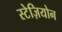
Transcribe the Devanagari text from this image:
स्टेज़ियोन